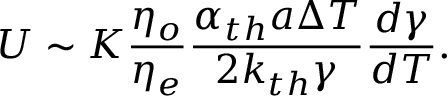
U \sim K \frac { \eta _ { o } } { \eta _ { e } } \frac { \alpha _ { t h } a \Delta T } { 2 k _ { t h } \gamma } \frac { d \gamma } { d T } .